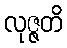
လုဇ္ဇတိ